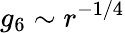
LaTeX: g_{6}\sim r^{-1/4}